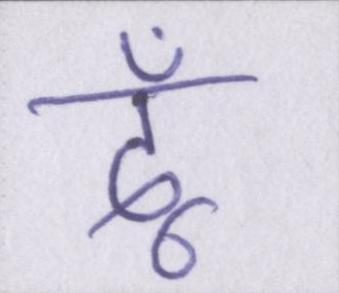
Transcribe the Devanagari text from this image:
दूँ